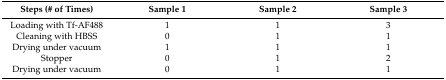
<table><thead><tr><td><b>Steps (# of Times)</b></td><td><b>Sample 1</b></td><td><b>Sample 2</b></td><td><b>Sample 3</b></td></tr></thead><tbody><tr><td>Loading with Tf-AF488</td><td>1</td><td>1</td><td>3</td></tr><tr><td>Cleaning with HBSS</td><td>0</td><td>1</td><td>1</td></tr><tr><td>Drying under vacuum</td><td>1</td><td>1</td><td>1</td></tr><tr><td>Stopper</td><td>0</td><td>1</td><td>2</td></tr><tr><td>Drying under vacuum</td><td>0</td><td>1</td><td>1</td></tr></tbody></table>